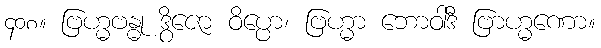
၄၀၈။ ဗြဟ္မဗန္ဓု ဒွိဇော ဝိပ္ပော၊ ဗြဟ္မာ ဘောဝါဒီ ဗြာဟ္မဏော။